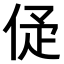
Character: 𠈴